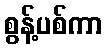
စွန့်ပစ်ကာ